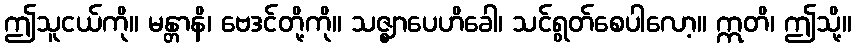
ဤသူငယ်ကို။ မန္တာနိ၊ ဗေဒင်တို့ကို။ သဇ္ဈာပေဟိခေါ၊ သင်ရွတ်စေပါလော့။ ဣတိ၊ ဤသို့။